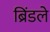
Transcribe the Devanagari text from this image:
ब्रिंडले